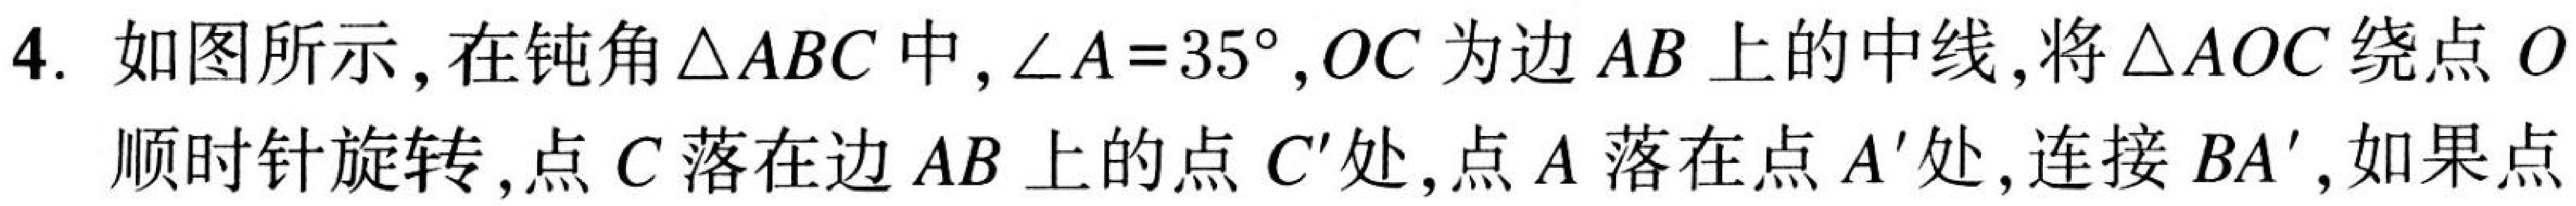
4. 如图所示，在钝角\(\triangle ABC\)中，\(\angle A = 35^{\circ}\)，\(OC\)为边\(AB\)上的中线，将\(\triangle AOC\)绕点\(O\)
顺时针旋转，点\(C\)落在边\(AB\)上的点\(C'\)处，点\(A\)落在点\(A'\)处，连接\(BA'\)，如果点